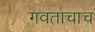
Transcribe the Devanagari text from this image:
गवताचाच